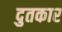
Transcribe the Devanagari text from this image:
दुतकार